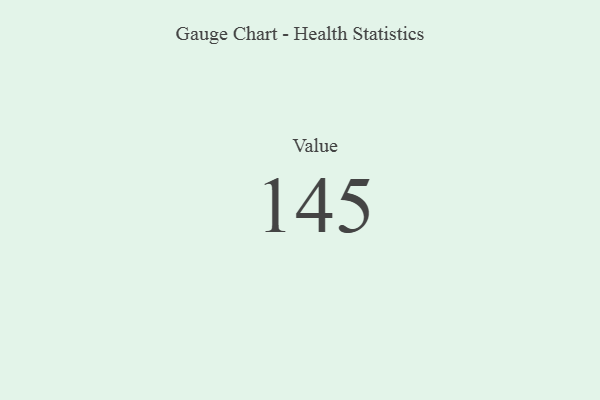
{"axis": {"x": "Metric", "y": "Value"}, "legend": [""], "data": [{"x": "Value", "y": 145, "type": ""}]}